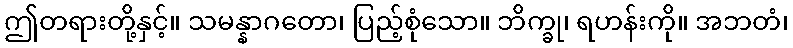
ဤတရားတို့နှင့်။ သမန္နာဂတော၊ ပြည့်စုံသော။ ဘိက္ခု၊ ရဟန်းကို။ အဘတံ၊